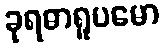
ခုရဓာရူပမော